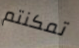
تمكنتم